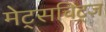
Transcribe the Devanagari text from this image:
मेट्सचिट्ज़